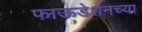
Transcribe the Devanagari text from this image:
फाऊडेशनच्या